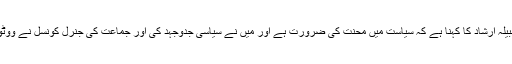
ایک مقامی سیاسی جماعت کی جنرل سیکرٹری رہنے والی نبیلہ ارشاد کا کہنا ہے کہ سیاست میں محنت کی ضرورت ہے اور میں نے سیاسی جدوجہد کی اور جماعت کی جنرل کونسل نے ووٹوں کے استعمال سے مجھے جنرل سیکرٹری منتخب کیا تھا۔